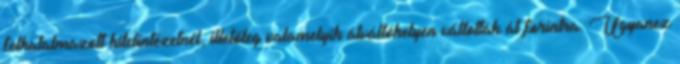
felhatalmazott hitelintézetnél, illetőleg valamelyik átváltóhelyen váltották át forintra. Ugyanez